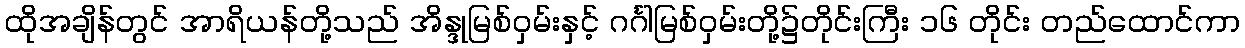
ထိုအချိန်တွင် အာရိယန်တို့သည် အိန္ဒုမြစ်ဝှမ်းနှင့် ဂင်္ဂါမြစ်ဝှမ်းတို့၌တိုင်းကြီး ၁၆ တိုင်း တည်ထောင်ကာ